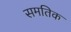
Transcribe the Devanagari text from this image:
समतिक